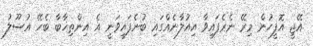
އޭޖީ އޮފީހުން މިރޭ ނެރެފައިވާ އިއުލާނެއްގައި ބުނެފައިވަނީ އެ އިންތިޚާބާ ބެހޭ އުސޫލު